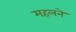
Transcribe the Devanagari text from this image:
महलने